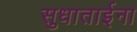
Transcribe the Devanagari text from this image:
सुधाताईना